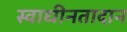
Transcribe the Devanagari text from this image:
स्वाधीनतादान